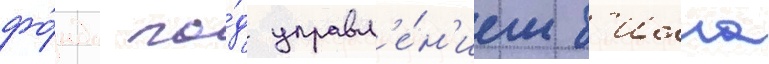
фо́нда по́д управл'е́н'ием б'илла